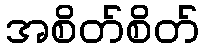
အစိတ်စိတ်